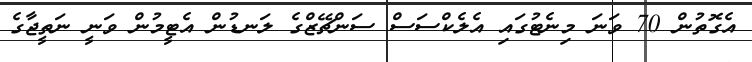
އެގޮތުން 70 ވަނަ މިނެޓުގައި އެލެކްސަސް ސަންޗޭޒްގެ ލަނޑުން އެޓީމުން ވަނީ ނަތީޖާގެ